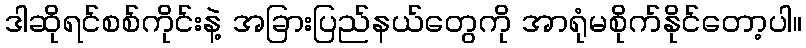
ဒါဆိုရင်စစ်ကိုင်းနဲ့ အခြားပြည်နယ်တွေကို အာရုံမစိုက်နိုင်တော့ပါ။